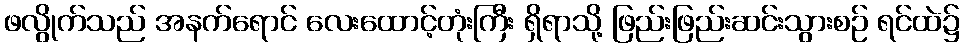
ဖလွိုက်သည် အနက်ရောင် လေးထောင့်တုံးကြီး ရှိရာသို့ ဖြည်းဖြည်းဆင်းသွားစဉ် ရင်ထဲ၌